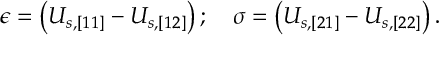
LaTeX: \epsilon = \left( U _ { s , [ 1 1 ] } - U _ { s , [ 1 2 ] } \right) ; \quad \sigma = \left( U _ { s , [ 2 1 ] } - U _ { s , [ 2 2 ] } \right) .